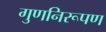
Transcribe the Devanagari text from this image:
गुणनिरूपण